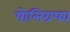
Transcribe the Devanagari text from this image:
पोलिग्रफ्य